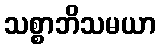
သစ္စာဘိသမယာ